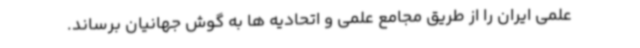
علمی ایران را از طریق مجامع علمی و اتحادیه ها به گوش جهانیان برساند.